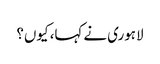
لاہوری نے کہا، کیوں؟